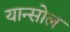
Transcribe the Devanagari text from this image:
यान्सोल